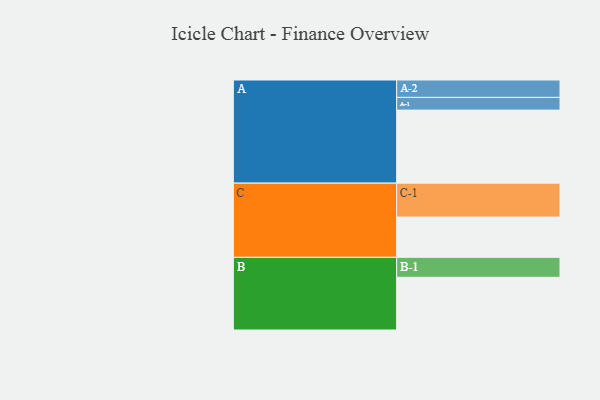
{"axis": {"x": "Segment", "y": "Value"}, "legend": ["", "A", "B", "C"], "data": [{"x": "A", "y": 575, "type": ""}, {"x": "B", "y": 415, "type": ""}, {"x": "C", "y": 317, "type": ""}, {"x": "A-1", "y": 100, "type": "A"}, {"x": "A-2", "y": 137, "type": "A"}, {"x": "B-1", "y": 157, "type": "B"}, {"x": "C-1", "y": 267, "type": "C"}]}